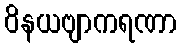
ဝိနယဗျာကရဏာ